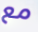
مع